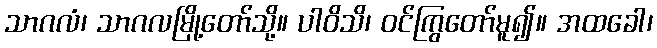
သာဂလံ၊ သာဂလမြို့တော်သို့။ ပါဝိသိ၊ ဝင်ကြွတော်မူ၍။ အထခေါ၊